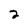
Character: 2